Medical and sanitary report of the native army of Bengal for the year
Year: 1875
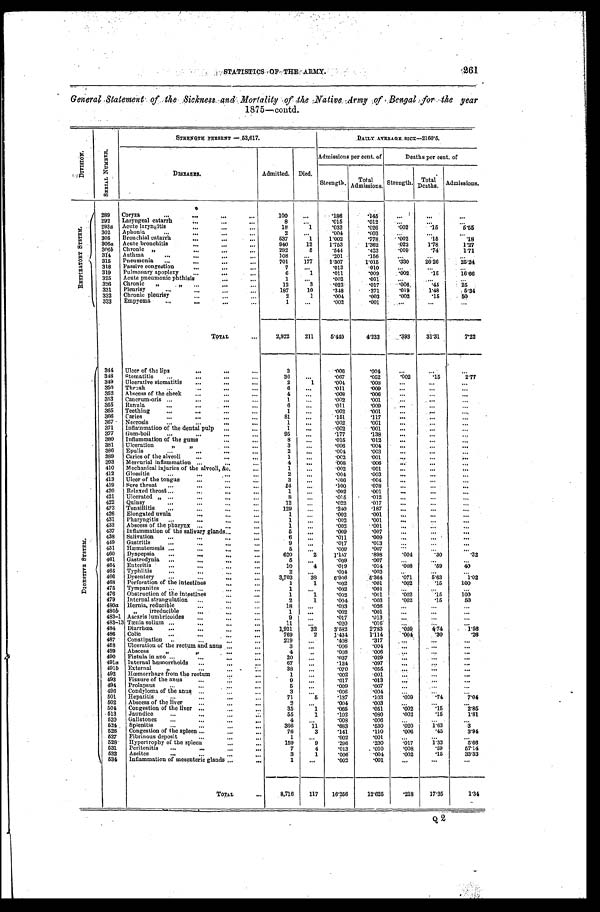
STATISTICS OF THE ARMY. 261
General Statement of the Sickness and Mortality of the Native Army of the year
1875—contd.
D I V I S I O N .
S TRENGTH P RES ENT — 5 3 , 6 1 7 .
DAILY AVERAGE SICK —2160.5.
S E R I A L N U M B E R .
Admissions per cent. of
Deaths per cent.
—
of
DISEASES .
Admitted. Died.
Strength.
T o t a l A d m i s s i o n s . Strength. Total
Deaths. Admissions.
R E S P I R A T O R Y S Y S T E M .
289 Coryza ...
. . .
. . .
...
100
...
.186
.145
...
. . .
...
292 Laryngeal catarrh
...
. . .
. . .
8
...
.015
.012
...
...
...
293a Acute laryngitis
...
. . .
...
18
1
.033
.026
. 0 0 2 .15
5 . 5 5
302 Aphonia ...
. . .
. . .
. . .
2
. . .
.004
.003
...
...
...
305 Bronchial catarrh
. . .
. . .
...
537
1
1.002
.778
.002
. 1 5
. 1 8
306 a Acute bronchitis
. . .
. . . ...
940
12
1.753
1.362
. 0 2 2 1.78
1.27
306b Chronic „
. . .
. . .
. . .
292
5
.544
.423
. 0 0 9
. 7 4 1.71
314 Asthma ...
. . .
. . .
. . .
108
...
.201
.156
...
...
...
315 Pneumonia ...
. . .
. . .
...
701
177
1.307
1.015
. 3 3 0 26.26
25.24
318 Passive congestion
...
. . .
. . .
7
...
. 0 1 3
.010
...
...
...
319 Pulmonary apoplexy . . .
. . .
...
6
1
.011
.009
. 0 0 2
. 1 5 16.66
325 Acute pneumonic phthisis
. . .
. . .
1
...
.002
.001
...
...
...
326 Chronic „ „
. . .
. . .
. . .
12
3
.022
.017
. 0 0 6
. 4 5 25
331 Pl e u r i s . . .
...
. . .
. . .
187
10
.348
.271
. 0 1 9 1.48
5.34
332 Chronic pleurisy
. . .
. . .
. . .
2
1
.004
.003
. 0 0 2
. 1 5 50
333 Empyema ...
. . .
. . .
. . .
1
...
.002
.001
...
...
...
TOTAL
...
2,922 211
5.449
4.233 .393
31.31
7.22
D I G E S T I V E S Y S T E M .
344 Ulcer of the lips
. . .
. . .
...
3
.006
.004
. . .
...
...
348 Stomatitis ...
. . .
. . .
...
36
...
.067
.052
.002
. 1 5 2.77
349 Ulcerative stomatitis ...
. . .
...
2
1
. 0 0 4
.003
...
...
...
350 Thrush ...
. . .
...
. . .
6
. . . .011
.009
...
. . . ...
352 Abscess of the cheek ...
...
...
4
...
.008
.006
. . . ...
...
353 Cancrum-oris ...
...
...
. . .
1
...
.002
.001
...
...
...
355 Ranula ...
. . .
...
...
6
. . . .011
.009
. . . ...
...
365 Teething ...
. . .
...
...
1
...
.002
.001
...
...
...
366 Caries ...
. . .
...
...
81
...
.151
.117
. . . ...
...
367 Necrosis ...
...
. . .
...
1
...
.002
.001
...
...
...
371 Inflammation of the dental pulp ...
...
1
...
.002
.001
...
...
. . .
377 Gum-boil ...
...
...
...
95
...
.177
.138
... ...
...
380 Inflammation of the gums
...
. . .
8
...
.015
.012
...
...
...
381 Ulceration „ „
. . .
. . .
3
. . .
.006
.004
. . .
. . .
. . .
386 Epulis ...
...
...
..
2
...
.004
.003
...
...
...
389 Caries of the alveoli
...
...
...
1
...
.002
.001
...
...
. . .
393 Mercurial inflammation . . .
. . .
...
4
...
.008
.006 ...
...
...
410 Mechanical injuries of the alveoli, &c.
...
1
...
.002
.001
...
...
...
412 Glossitis ...
. . .
...
...
2
. . .
.004
.003
...
...
...
413 Ulcer of the tongue
...
. . .
...
3
. . .
.006
.004
. . .
...
. . .
419 Sore throat ...
. . .
. . .
...
54
. . .
.100
.078
. . . ...
. . .
420 Relaxed throat ...
...
...
...
1
...
.002
.001
. . . ...
. . .
421 Ulcerated „ ...
...
...
...
8
...
.015 .012
. . .
. . . ...
422 Quinsy ...
...
...
...
12
...
.022
.017
. . . ...
...
423 Tonsillitis ...
.. .
...
...
129
...
.240
.187
...
...
. . .
426 Elongated uvula
...
...
...
1
...
.002
.001
. . . ...
...
431 Pharyngitis ...
...
...
...
1
. . .
.002
.001
... ...
. . .
433 Abscess of the pharynx ...
...
...
1
. . .
.002
.001
...
...
...
437 Inflammation of the salivary glands ...
...
5
...
.009
.007
...
. . .
. . .
438 Salivation ...
...
...
...
6
,,,
.011
.009
...
...
...
449 Gastritis ...
...
...
...
9
...
.017
.013 ...
...
...
451 Hæmatemesis ...
...
...
...
5
...
.009
.007 ...
...
...
460 Dyspepsia ...
...
. . .
...
620
2
1.157
.898
. 0 0 4 .30
. 3 2
461 Gastrodynia ...
. . .
. . .
. . .
5
...
.009
.007
...
...
...
464 Enteritis ...
. . .
...
. . .
10
4
.019
.014
. 0 0 8 .59
40
465 Typhlitis ...
. . .
...
...
2
.
..
.004
.003
. . .
. . .
. . .
466 Dysentery ...
...
. . .
. . .
3,703
38
6.906
5.364
. 0 7 1 5.63
1.02
468 Perforation of the intestines
. . .
. . .
1
1
.002
.001
. 0 0 2 .15
100
475 Tympanites ...
...
...
...
1
...
.002
.001 ...
. . .
...
476 Obstruction of the intestines
...
. . .
1
1
.002 .001
.002
.15
100
479 Internal strangulation . . .
. . .
. . .
2
1
.004
.003
. 0 0 2 .15
50
480a Hernia, reducible
...
...
...
18
...
.033 .026
...
...
. . .
480 b
„ irreducible
...
...
...
1
...
.002
.001
...
...
...
483-1 Ascaris lumbricoides ...
...
...
9
...
.017
.013
...
...
...
483-13 Tænia solium ...
...
. . .
...
11
...
.020
.016
...
...
...
484 Diarrhœa ...
. . .
...
...
1,921
32
3.582
2.783
. 0 5 9 4.74
1.56
486 Colic ...
...
. . .
. . .
769
2
1.434
1.114
. 0 0 4
. 3 0
. 2 6
487 Constipation ..
. . .
...
. . .
219
...
.408
.317
...
. . .
. . .
488 Ulceration of the rectum and anus ...
...
3
...
.006
.004 ...
...
...
489 Abscess „
„
...
. . .
4
. .
.008 .006
. . . ...
...
490 Fistula in ano ...
...
...
...
20
...
.037
.029
...
...
. . .
491a Internal hœmorrhoids
. . .
. . .
. . .
67
...
.124
.097
... ...
. . .
491 b External „
...
...
...
38
. . .
.070
.055
...
. . . ...
492 Hœmorrhage from the rectum . . .
. . .
1 ...
.002
.001
. . .
. . .
. . .
493 Fissure of the anus
...
...
...
9
. . .
.017
.013
...
. . .
...
494 Prolapsus ...
...
. . .
...
5
...
.009
.007
...
. . . ...
496 Condyloma of the anus ...
. . .
. . .
3
...
.006
.004
...
. . .
...
501 Hepatitis ...
...
. . .
. . .
71
5
.137
.103
.009
.74
704
502 Abscess of the liver
...
. . .
...
2
. . .
.004
.003
. . . ...
...
504 Congestion of the liver ...
. . .
. . .
35
1
.065
.051
.002
.15
2.85
513 Jaundice ...
...
...
...
55
1
.102
.080
.002
.15
1.81
520 Gallstones ...
...
...
. . .
4
...
.008
.006
...
. . . ...
524 Splenitis ...
. . .
. . .
. . .
366
11
.683
.530
.020
1.63
3
526 Congestion of the spleen ...
...
. . .
76
3
.141
.110
.006
.45
3.94
527 Fibrinous deposit
...
...
. . .
1
...
.002
.001
...
. . . ...
528 Hypertrophy of the spleen
. . .
. . .
159
9
.296
.230
.017
1.33
5.66
531 Peritonitis ...
...
...
. . .
7
4
.013
.010
.008
.59
57.14
532 Ascites ...
...
...
. . .
3
1
.006
.004
.002
.15
33.33
534 Inflammation of mesenteric glands ...
. . .
1
...
.002
.001
...
...
...
TOTAL
. . .
8,716
117 16.256
12.625
.218
17.35
1.34
Q 2